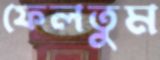
ফেলতুম